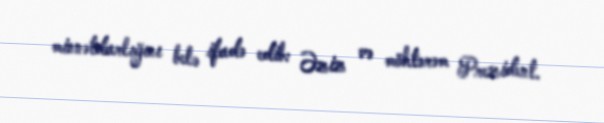
minnətdarlığını belə ifadə edib: Əziz və möhtərəm Prezident.